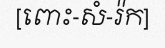
[ពោះ-សំ-រ៉ក]